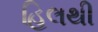
હિલથી